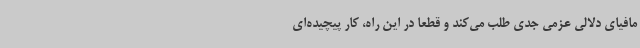
مافیای دلالی عزمی جدی طلب می‌کند و قطعا در این راه، کار پیچیده‌ای